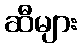
ဆီများ